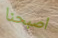
اصبحنا